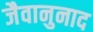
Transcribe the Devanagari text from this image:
जैवानुनाद